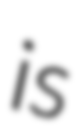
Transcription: is